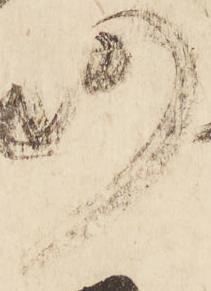
仍